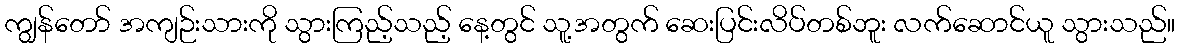
ကျွန်တော် အကျဉ်းသားကို သွားကြည့်သည့် နေ့တွင် သူ့အတွက် ဆေးပြင်းလိပ်တစ်ဘူး လက်ဆောင်ယူ သွားသည်။